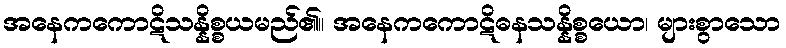
အနေကကောဋိသန္နိစ္စယမည်၏။ အနေကကောဋိဓနသန္နိစ္စယော၊ များစွာသော